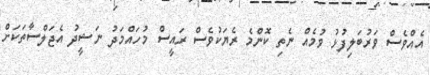
އެއްވެސް ވަރުބަލިފުޅު ވުމެއް ނެތި ކޮންމެ ރެޔަކުވެސް ރައީސް މުހައްމަދު ނަޝީދު އެޖަލްސާތަކަށް